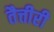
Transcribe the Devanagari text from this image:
तैत्तीरी